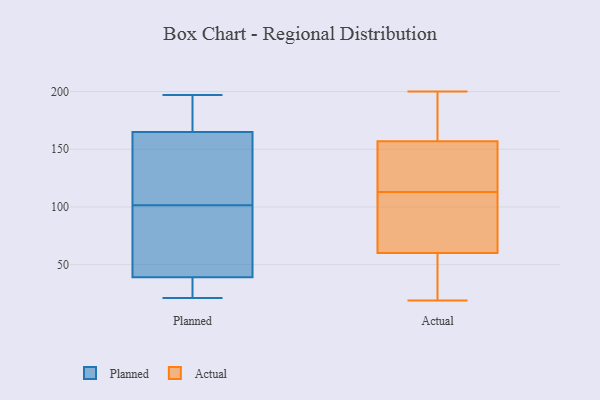
{"axis": {"x": "Humidity (%)", "y": "Value"}, "legend": ["Actual", "Planned"], "data": [{"x": "", "y": 179, "type": "Planned"}, {"x": "", "y": 22, "type": "Planned"}, {"x": "", "y": 196, "type": "Planned"}, {"x": "", "y": 50, "type": "Planned"}, {"x": "", "y": 165, "type": "Planned"}, {"x": "", "y": 39, "type": "Planned"}, {"x": "", "y": 151, "type": "Planned"}, {"x": "", "y": 21, "type": "Planned"}, {"x": "", "y": 95, "type": "Planned"}, {"x": "", "y": 142, "type": "Planned"}, {"x": "", "y": 50, "type": "Planned"}, {"x": "", "y": 197, "type": "Planned"}, {"x": "", "y": 108, "type": "Planned"}, {"x": "", "y": 28, "type": "Planned"}, {"x": "", "y": 19, "type": "Actual"}, {"x": "", "y": 104, "type": "Actual"}, {"x": "", "y": 200, "type": "Actual"}, {"x": "", "y": 181, "type": "Actual"}, {"x": "", "y": 57, "type": "Actual"}, {"x": "", "y": 154, "type": "Actual"}, {"x": "", "y": 122, "type": "Actual"}, {"x": "", "y": 133, "type": "Actual"}, {"x": "", "y": 165, "type": "Actual"}, {"x": "", "y": 63, "type": "Actual"}, {"x": "", "y": 160, "type": "Actual"}, {"x": "", "y": 85, "type": "Actual"}, {"x": "", "y": 128, "type": "Actual"}, {"x": "", "y": 52, "type": "Actual"}, {"x": "", "y": 21, "type": "Actual"}, {"x": "", "y": 83, "type": "Actual"}]}